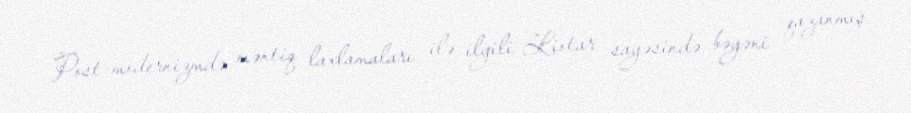
Post-modernizmdə məntiq laxlamaları ilə ilgili Liotar sayəsində bəyəni qazanmış